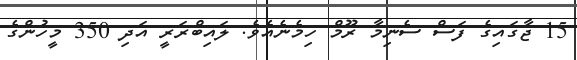
15 ޖާގައިގެ ފަސް ސެނިމާ ރޫމް ހިމެނެއެވެ. ލައިބްރަރީ އަދި 350 މީހުންގެ